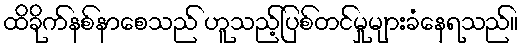
ထိခိုက်နစ်နာစေသည် ဟူသည့်ပြစ်တင်မှုများခံနေရသည်။